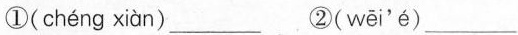
①( chéng xiàn )_______②( wēi'é )___